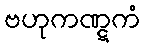
ဗဟုကဏ္ဋကံ